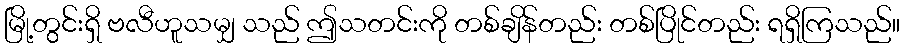
မြို့တွင်းရှိ ဗလီဟူသမျှ သည် ဤသတင်းကို တစ်ချိန်တည်း တစ်ပြိုင်တည်း ရရှိကြသည်။